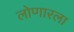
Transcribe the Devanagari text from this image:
लोणारला